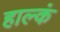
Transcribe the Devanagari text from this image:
हाल्कं